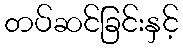
တပ်ဆင်ခြင်းနှင့်